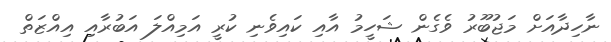
ނާހިދާއަށް މަޖުބޫރު ވެގެން ޝަހީމު އާއި ކައިވެނި ކުރީ އަމިއްލަ އަބުރާއި އިއްޒަތް